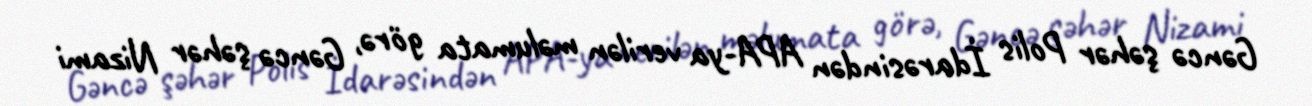
Gəncə şəhər Polis İdarəsindən APA-ya verilən məlumata görə, Gəncə şəhər Nizami